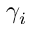
\gamma _ { i }